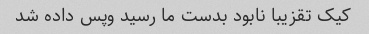
کیک تقزیبا نابود بدست ما رسید و‌پس داده شد